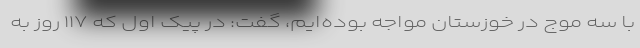
با سه موج در خوزستان مواجه بوده‌ایم، گفت: در پیک اول که ۱۱۷ روز به